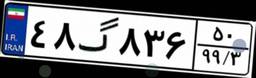
۴۸گ۸۳۶۵۰